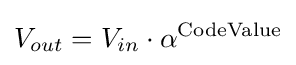
V_{out}=V_{in}\cdot \alpha ^{\mathrm {CodeValue} }